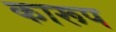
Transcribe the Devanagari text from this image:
कारूप